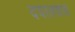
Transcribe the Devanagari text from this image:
दयालशाह